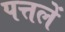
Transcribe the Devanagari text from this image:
पत्तलें